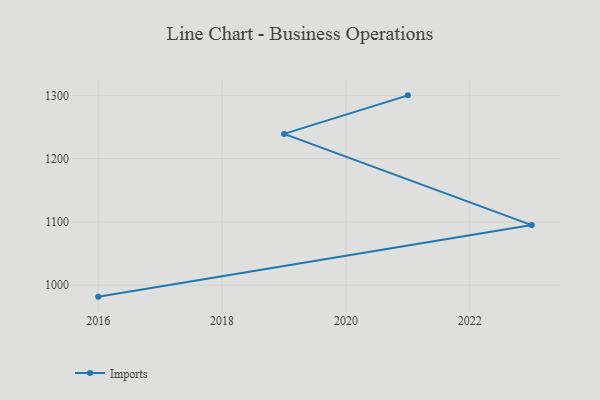
{"axis": {"x": "Year", "y": "Demand Index"}, "legend": ["Imports"], "data": [{"x": "2021", "y": 1300.0, "type": "Imports"}, {"x": "2019", "y": 1239.1, "type": "Imports"}, {"x": "2023", "y": 1095.0, "type": "Imports"}, {"x": "2016", "y": 981.9, "type": "Imports"}]}